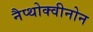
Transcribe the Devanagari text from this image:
नैप्थोक्वीनोन